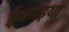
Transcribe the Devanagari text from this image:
ईकाइया